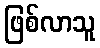
ဖြစ်လာသူ